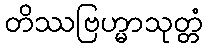
တိဿဗြဟ္မာသုတ္တံ